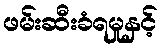
ဖမ်းဆီးခံရမှုနှင့်